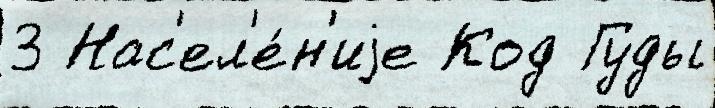
3 Нас'ел'е́н'иjе Код Гуды